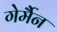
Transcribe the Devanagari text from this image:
गेर्मैन